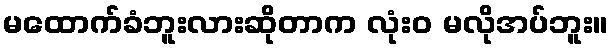
မထောက်ခံဘူးလားဆိုတာက လုံးဝ မလိုအပ်ဘူး။